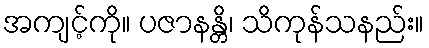
အကျင့်ကို။ ပဇာနန္တိ၊ သိကုန်သနည်း။